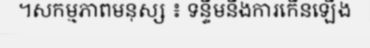
។សកម្មភាពមនុស្ស ៖ ទន្ទឹមនឹងការកើនឡើង